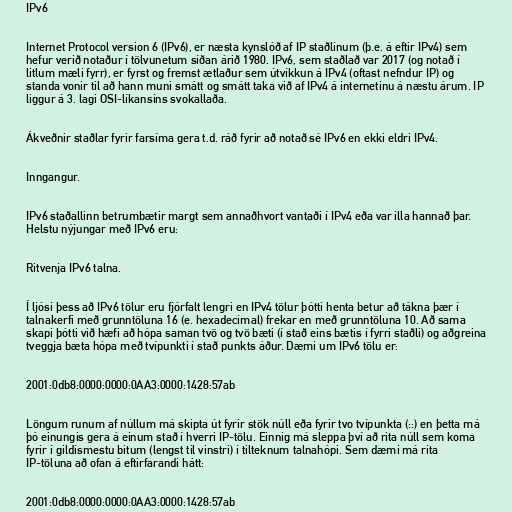
IPv6

Internet Protocol version 6 (IPv6), er næsta kynslóð af IP staðlinum (þ.e. á eftir IPv4) sem
hefur verið notaður í tölvunetum síðan árið 1980. IPv6, sem staðlað var 2017 (og notað í
litlum mæli fyrr), er fyrst og fremst ætlaður sem útvíkkun á IPv4 (oftast nefndur IP) og
standa vonir til að hann muni smátt og smátt taka við af IPv4 á internetinu á næstu árum. IP
liggur á 3. lagi OSI-líkansins svokallaða.

Ákveðnir staðlar fyrir farsíma gera t.d. ráð fyrir að notað sé IPv6 en ekki eldri IPv4.

Inngangur.

IPv6 staðallinn betrumbætir margt sem annaðhvort vantaði í IPv4 eða var illa hannað þar.
Helstu nýjungar með IPv6 eru:

Ritvenja IPv6 talna.

Í ljósi þess að IPv6 tölur eru fjórfalt lengri en IPv4 tölur þótti henta betur að tákna þær í
talnakerfi með grunntöluna 16 (e. hexadecimal) frekar en með grunntöluna 10. Að sama
skapi þótti við hæfi að hópa saman tvö og tvö bæti (í stað eins bætis í fyrri staðli) og aðgreina
tveggja bæta hópa með tvípunkti í stað punkts áður. Dæmi um IPv6 tölu er:

2001:0db8:0000:0000:0AA3:0000:1428:57ab

Löngum runum af núllum má skipta út fyrir stök núll eða fyrir tvo tvípunkta (::) en þetta má
þó einungis gera á einum stað í hverri IP-tölu. Einnig má sleppa því að rita núll sem koma
fyrir í gildismestu bitum (lengst til vinstri) í tilteknum talnahópi. Sem dæmi má rita
IP-töluna að ofan á eftirfarandi hátt:

2001:0db8:0000:0000:0AA3:0000:1428:57ab